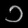
Digit: ၁